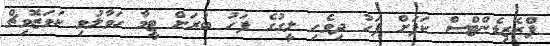
ޕްރެޒިޑެންޓްސް ކަޕަށް ފަހު ދިވެހި ލީގުގެ ފަހު ބުރަށް ޓީމާ ހަވާލުވި ކަވަޒޮވިޗް